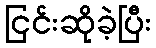
ငြင်းဆိုခဲ့ပြီး